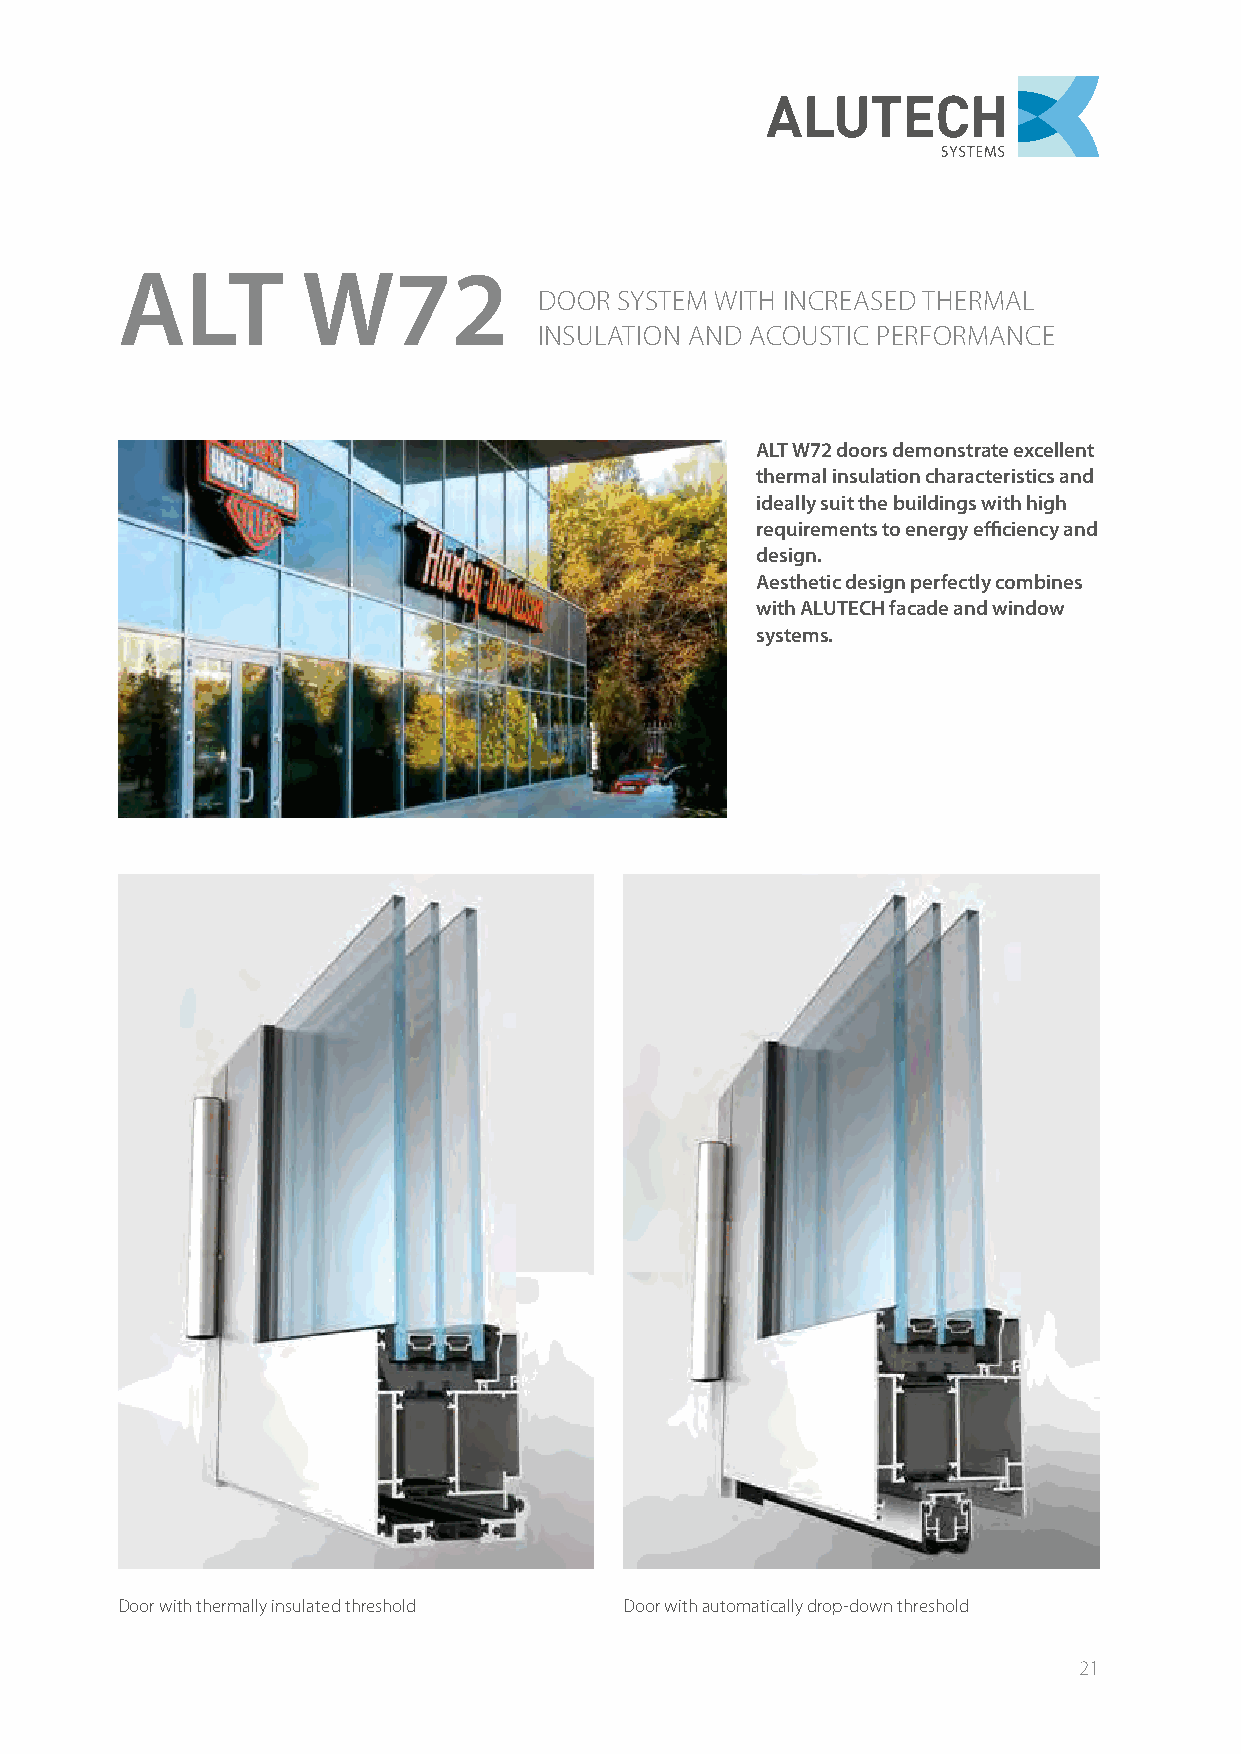
ALT         W72
 DOOR SYSTEM WITH INCREASED THERMAL
 INSULATION AND ACOUSTIC PERFORMANCE
 ALT W72 doors demonstrate excellent
 thermal insulation characteristics and
 ideally suit the buildings with high
 requirements to energy efficiency and
 design.
 Aesthetic design perfectly combines
 with ALUTECH facade and window
 systems.
 Door with thermally insulated threshold Door with automatically drop-down threshold
 21